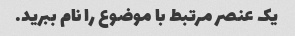
یک عنصر مرتبط با موضوع را نام ببرید.